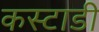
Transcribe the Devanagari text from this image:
कस्टाडी